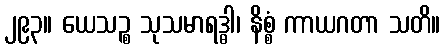
၂၉၃။ ယေသဉ္စ သုသမာရဒ္ဓါ၊ နိစ္စံ ကာယဂတာ သတိ။